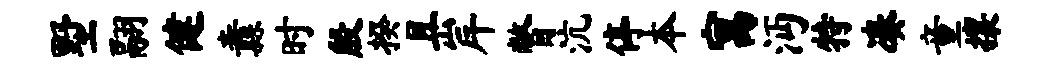
墅翮健纛时殷揆且岸瞥沆停本寓沔特凑童攘